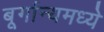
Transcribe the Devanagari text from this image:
बूर्गान्यमध्ये